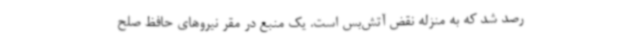
رصد شد که به منزله نقض آتش‌بس است. یک منبع در مقر نیروهای حافظ صلح